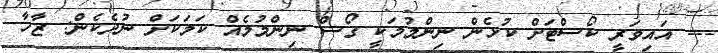
--- އައިވަރީ ކޯސްޓަށް ކުޅެން ނިންމުމަކީ ގޯސް ނިންމުމެއް ކަމަކަށް ނުދެކެން: ޒާހާ